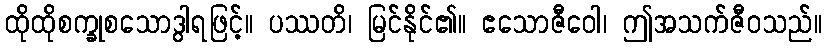
ထိုထိုစက္ခုစသောဒွါရဖြင့်။ ပဿတိ၊ မြင်နိုင်၏။ ဧသောဇီဝေါ၊ ဤအသက်ဇီဝသည်။